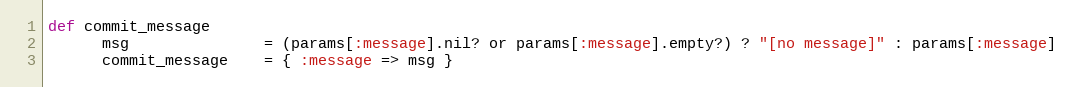
Language: Ruby
def commit_message
      msg               = (params[:message].nil? or params[:message].empty?) ? "[no message]" : params[:message]
      commit_message    = { :message => msg }